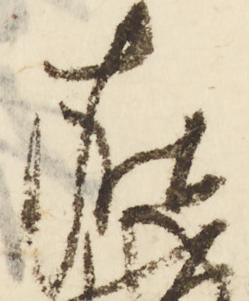
在